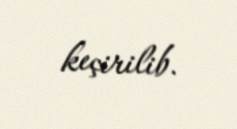
keçirilib.